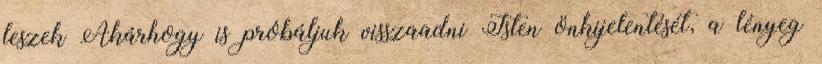
leszek Akárhogy is próbáljuk visszaadni Isten önkijelentését, a lényeg